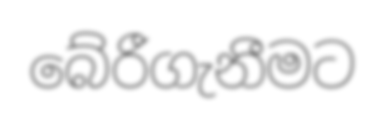
බේරීගැනීමට